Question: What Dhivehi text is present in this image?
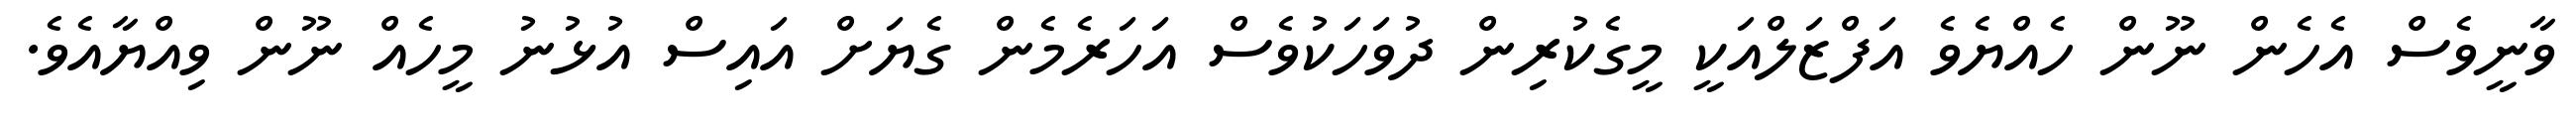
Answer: ވާނީވެސް އެހެން ނޫން ހެއްޔެވެ އަފްޒަލްއަކީ މީގެކުރިން ދުވަހަކުވެސް އަހަރެމެން ގެޔަށް އައިސް އުޅުނު މީހެއް ނޫން ވިއްޔާއެވެ.